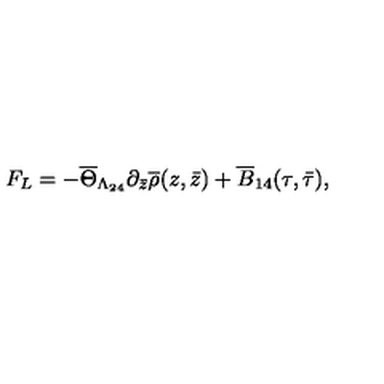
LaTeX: F _ { L } = - \overline { { \Theta } } _ { \Lambda _ { 2 4 } } \partial _ { \bar { z } } \overline { { \rho } } ( z , \bar { z } ) + \overline { { B } } _ { 1 4 } ( \tau , \bar { \tau } ) ,